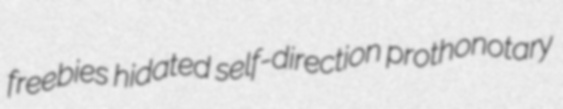
freebies hidated self-direction prothonotary